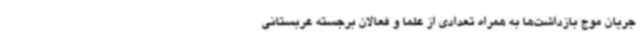
جریان موج بازداشت‌ها به همراه تعدادی از علما و فعالان برجسته عربستانی